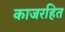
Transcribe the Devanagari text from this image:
काजरहित